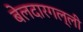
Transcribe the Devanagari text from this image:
बेलदारगल्ली